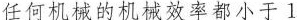
任何机械的机械效率都小于1